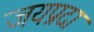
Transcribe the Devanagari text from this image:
जयप्रदा